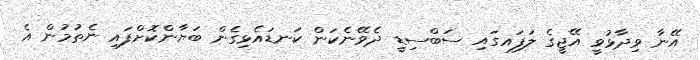
އޭނާ ވިދާޅުވީ އޭޖީގެ ލަފައގައި ސަބްސިޑީ ދެވޭނެކަން ކަނޑައެޅިގެން ބަޔާންކޮށްފައި ނެތުމުން އެ